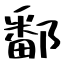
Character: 鄱